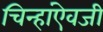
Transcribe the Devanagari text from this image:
चिन्हांऐवजी